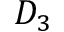
D _ { 3 }